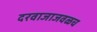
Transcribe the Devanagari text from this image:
दरवाजाजवळच